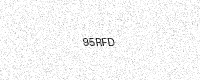
Text: 95RFD